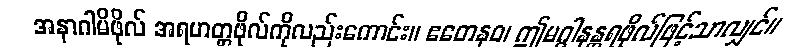
အနာဂါမိဖိုလ် အရဟတ္တဖိုလ်ကိုလည်းကောင်း။ ဧတေနဝ၊ ဤမဂ္ဂါနန္တရဖိုလ်ဖြင့်သာလျှင်။